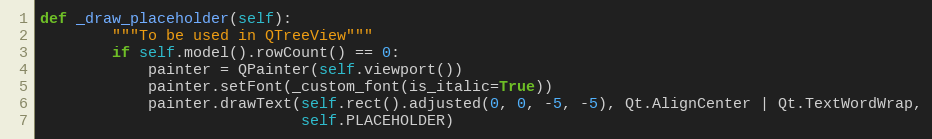
Language: Python
def _draw_placeholder(self):
        """To be used in QTreeView"""
        if self.model().rowCount() == 0:
            painter = QPainter(self.viewport())
            painter.setFont(_custom_font(is_italic=True))
            painter.drawText(self.rect().adjusted(0, 0, -5, -5), Qt.AlignCenter | Qt.TextWordWrap,
                             self.PLACEHOLDER)